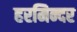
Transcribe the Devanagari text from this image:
हरमिन्दर